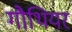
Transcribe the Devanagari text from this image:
गौथियर